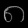
Digit: ၈